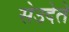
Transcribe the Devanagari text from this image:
सेउदेते